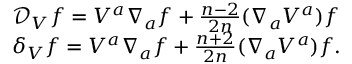
\begin{array} { l } { { { \mathcal D } _ { V } f = V ^ { a } \nabla _ { a } f + \frac { n - 2 } { 2 n } ( \nabla _ { a } V ^ { a } ) f } } \\ { { \delta _ { V } f = V ^ { a } \nabla _ { a } f + \frac { n + 2 } { 2 n } ( \nabla _ { a } V ^ { a } ) f . } } \end{array}